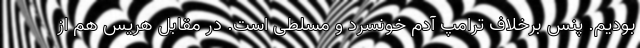
بودیم. پنس برخلاف ترامپ آدم خونسرد و مسلطی است. در مقابل هریس هم از